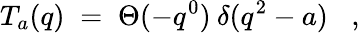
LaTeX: T_{a}(q)\; =\; \Theta(-q^{0})\: \delta(q^{2}-a)\; \; \; ,